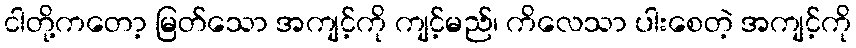
ငါတို့ကတော့ မြတ်သော အကျင့်ကို ကျင့်မည်၊ ကိလေသာ ပါးစေတဲ့ အကျင့်ကို